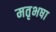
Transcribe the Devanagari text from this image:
मतृभषा